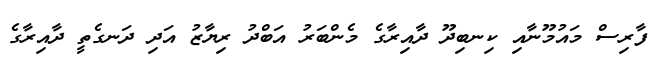
ފާރިސް މައުމޫނާއި ކިނބިދޫ ދާއިރާގެ މެންބަރު އަބްދު ރިޔާޒު އަދި ދަނގެތީ ދާއިރާގެ